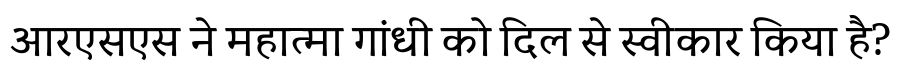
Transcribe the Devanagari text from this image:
आरएसएस ने महात्मा गांधी को दिल से स्वीकार किया है?